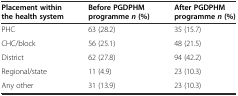
| Placement within the health system | Before PGDPHM programmen(%) | After PGDPHM programmen(%) |
 | --- | --- | --- |
 | PHC | 63 (28.2) | 35 (15.7) |
 | CHC/block | 56 (25.1) | 48 (21.5) |
 | District | 62 (27.8) | 94 (42.2) |
 | Regional/state | 11 (4.9) | 23 (10.3) |
 | Any other | 31 (13.9) | 23 (10.3) |